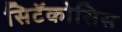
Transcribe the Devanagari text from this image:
सिटॅकोसिस